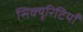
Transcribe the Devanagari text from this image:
सिक्यूरिटियाँ